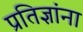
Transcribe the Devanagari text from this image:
प्रतिज्ञांना